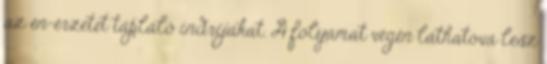
az én-érzetet tápláló indríjákat. A folyamat végén láthatóvá lesz